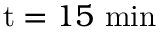
\mathrm { t } = 1 5 ~ \mathrm { m i n }